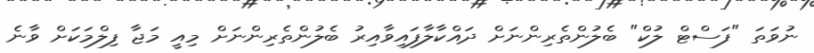
ނުވަތަ "ފަސްޓް ލުކް" ބެލުންތެރިންނަށް ދައްކާލާފައިވާއިރު ބެލުންތެރިންނަށް މިއީ މަޖާ ފިލްމަކަށް ވާނެ